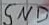
Text: GND